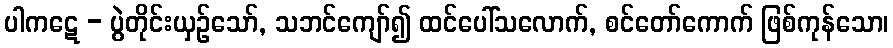
ပါကဋေ - ပွဲတိုင်းယှဉ်သော်, သဘင်ကျော်၍ ထင်ပေါ်သလောက်, စင်တော်ကောက် ဖြစ်ကုန်သော၊